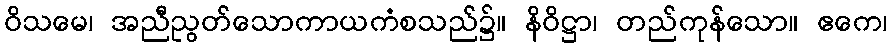
ဝိသမေ၊ အညီညွတ်သောကာယကံစသည်၌။ နိဝိဋ္ဌာ၊ တည်ကုန်သော။ ဧကေ၊